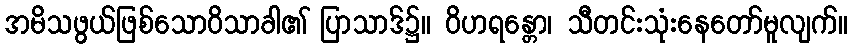
အမိသဖွယ်ဖြစ်သောဝိသာခါ၏ ပြာသာဒ်၌။ ဝိဟရန္တော၊ သီတင်းသုံးနေတော်မူလျက်။